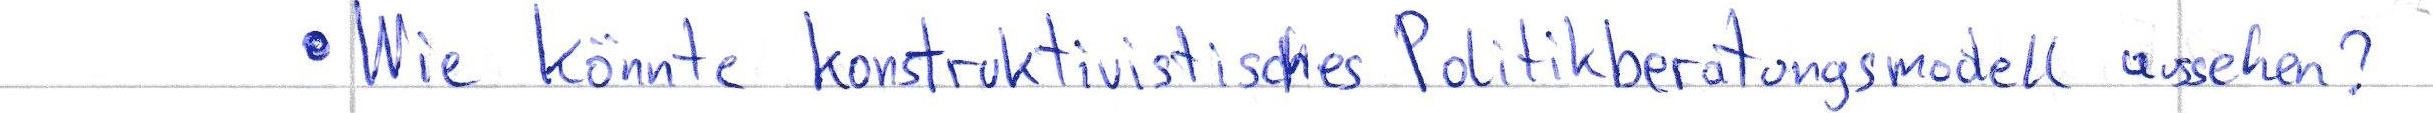
Wie könnte konstruktivistisches Politikberatungsmodell aussehen?